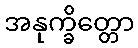
အနုက္ခိတ္တော